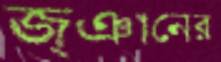
জ্ঞানের